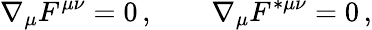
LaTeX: \nabla_{\mu}F^{\mu\nu}=0\, ,\qquad\nabla_{\mu}F^{*\mu\nu}=0\, ,